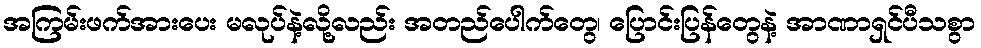
အကြမ်းဖက်အားပေး မလုပ်နဲ့လို့လည်း အတည်ပေါက်တွေ၊ ပြောင်းပြန်တွေနဲ့ အာဏာရှင်ပီသစွာ